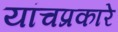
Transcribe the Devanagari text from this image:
यांचप्रकारे